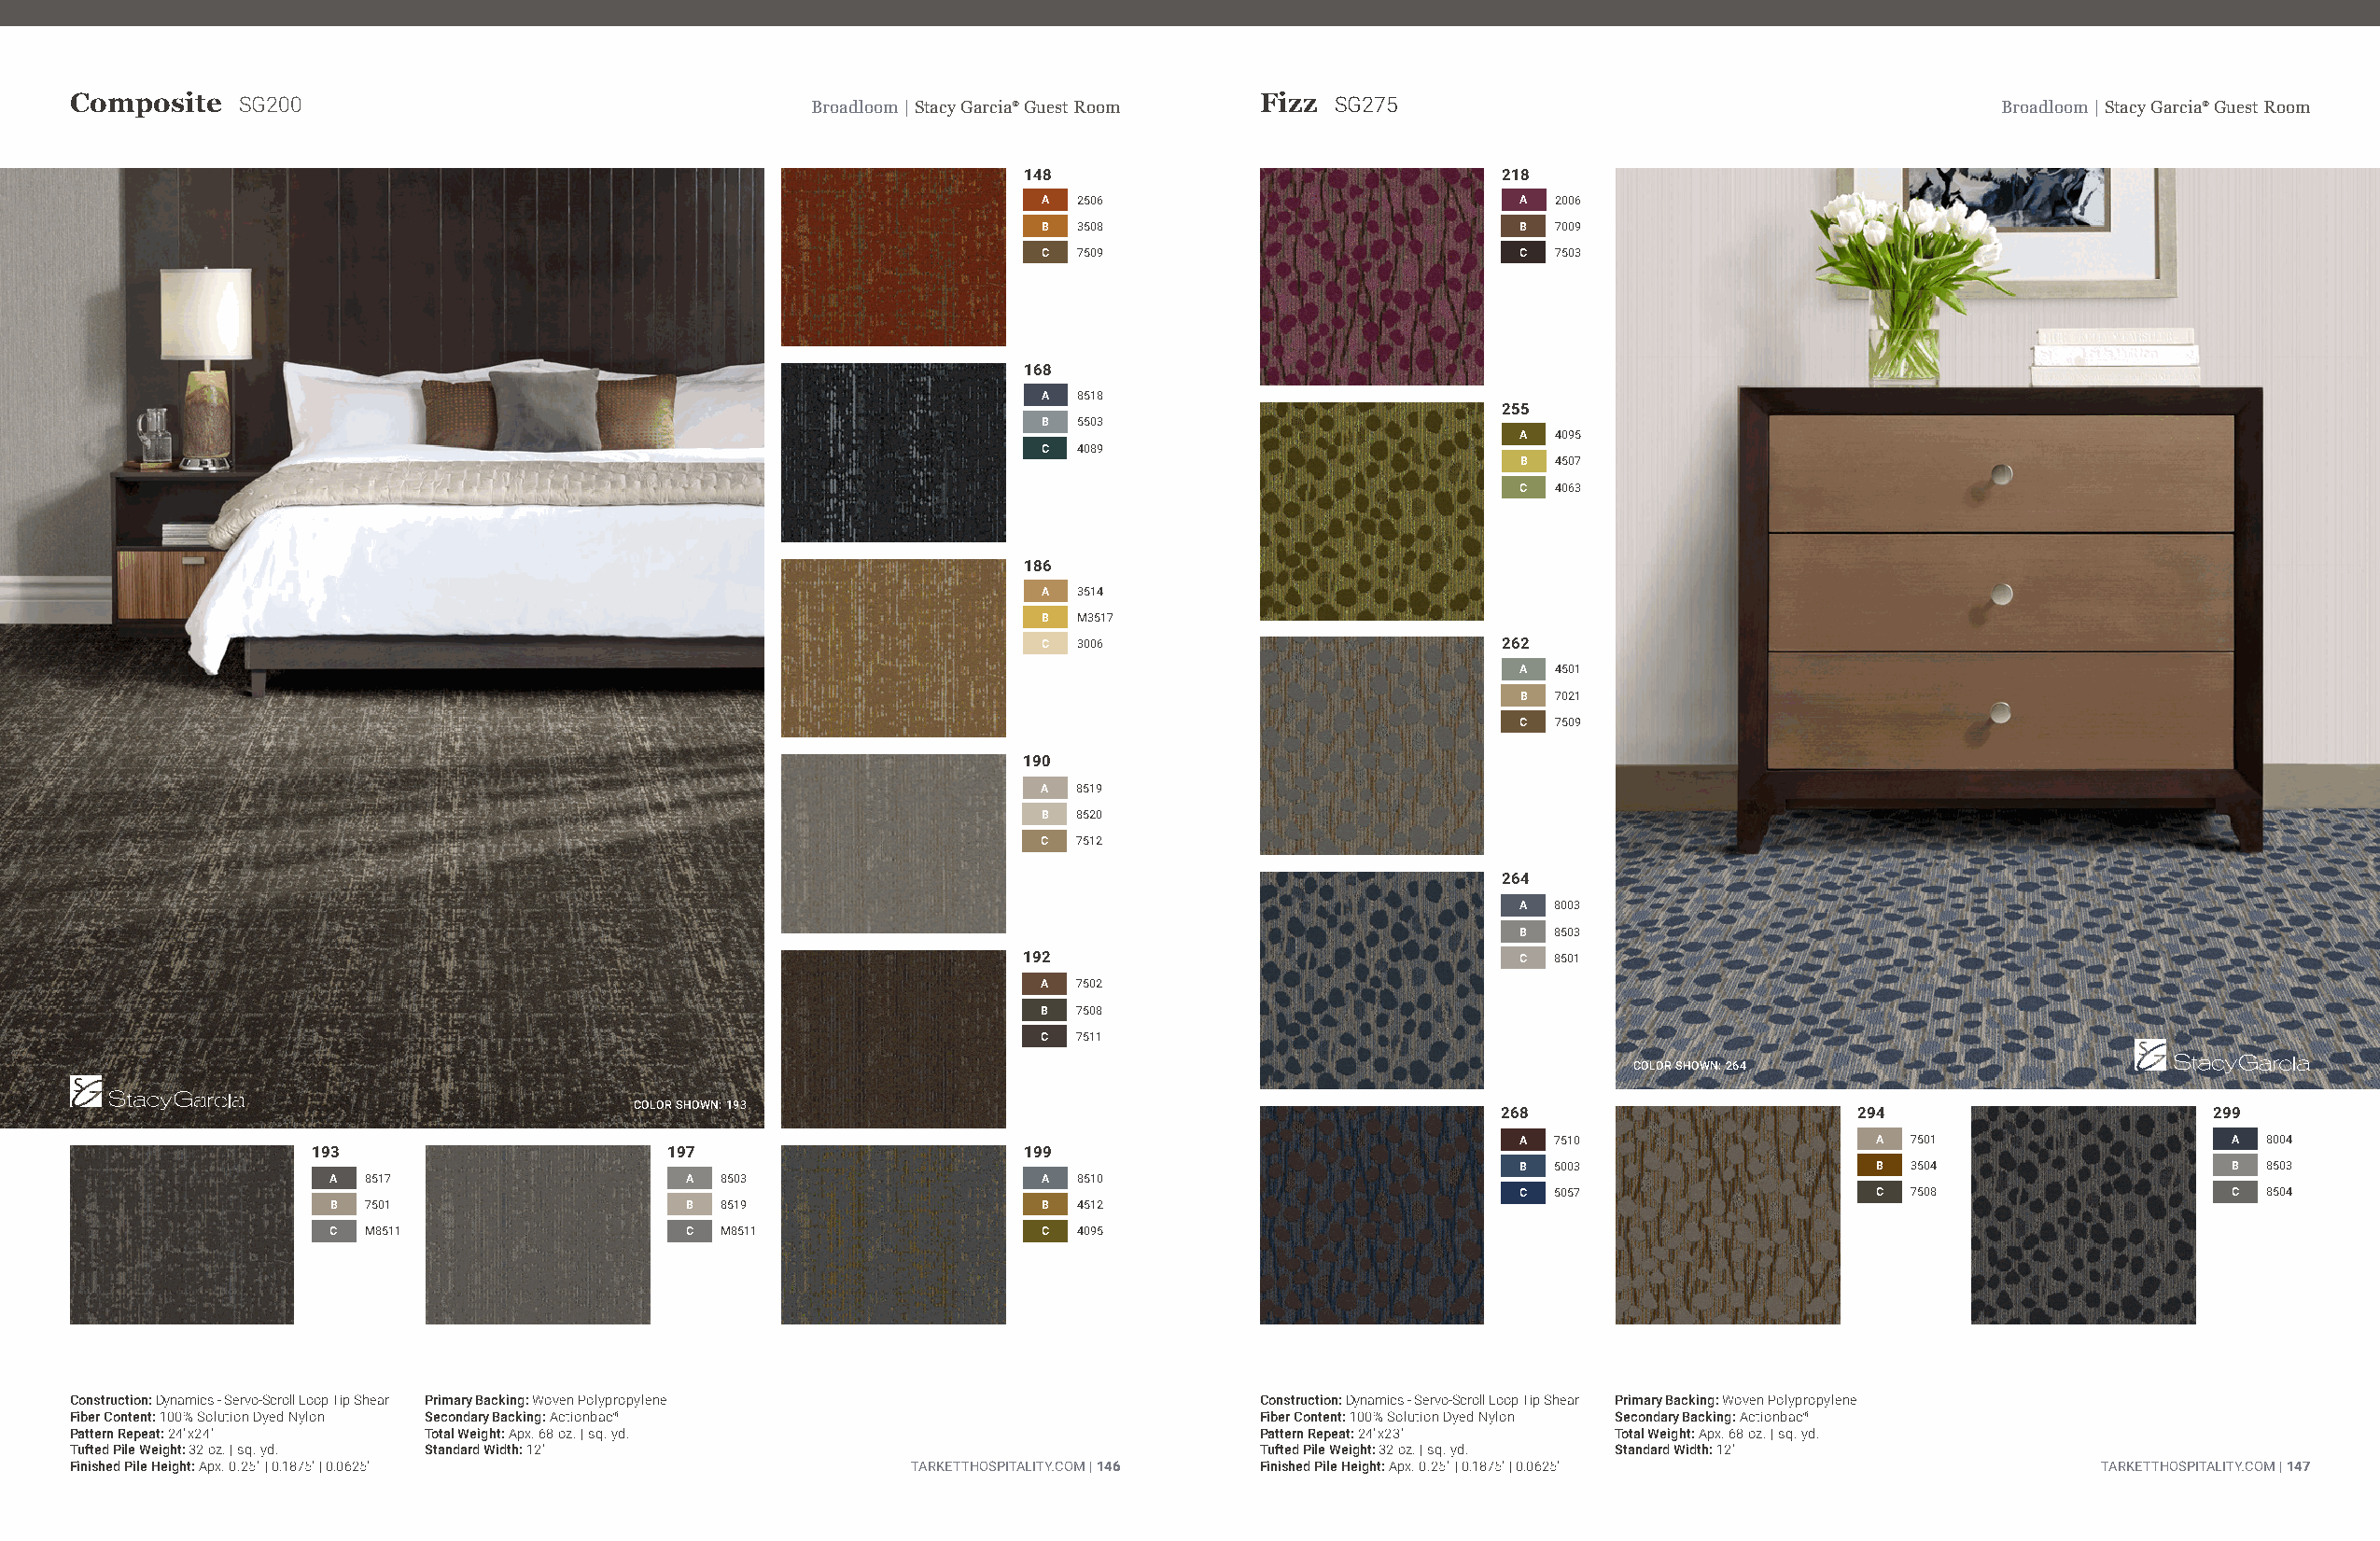
Composite   SG200                                    Broadloom | Stacy Garcia® Guest Room Fizz SG275                                     Broadloom | Stacy Garcia® Guest Room
 148                               218
 A 2506                            A 2006
 B 3508                            B 7009
 C 7509                            C 7503
 168
 A 8518
 255
 B 5503
 A 4095
 C 4089
 B 4507
 C 4063
 186
 A 3514
 B M3517
 C 3006                           262
 A 4501
 B 7021
 C 7509
 190
 A 8519
 B 8520
 C 7512
 264
 A 8003
 B 8503
 192                                C 8501
 A 7502
 B 7508
 C 7511
 COLOR SHOWN: 264
 COLOR SHOWN: 193
 268                       294                      299
 A 7510                   A  7501                  A  8004
 193                      197                       199
 B 5003                   B  3504                  B  8503
 A  8517                   A 8503                   A 8510
 C 5057                   C  7508                  C  8504
 B  7501                   B 8519                   B 4512
 C  M8511                  C M8511                  C 4095
 Construction: Dynamics - Servo-Scroll Loop Tip Shear Primary Backing: Woven Polypropylene Construction: Dynamics - Servo-Scroll Loop Tip Shear Primary Backing: Woven Polypropylene
 Fiber Content: 100% Solution Dyed Nylon Secondary Backing: Actionbac®               Fiber Content: 100% Solution Dyed Nylon Secondary Backing: Actionbac®
 Pattern Repeat: 24"x24"  Total Weight: Apx. 68 oz. | sq. yd.                        Pattern Repeat: 24"x23"   Total Weight: Apx. 68 oz. | sq. yd.
 Tufted Pile Weight: 32 oz. | sq. yd. Standard Width: 12'                            Tufted Pile Weight: 32 oz. | sq. yd. Standard Width: 12'
 Finished Pile Height: Apx. 0.25" | 0.1875" | 0.0625"        TARKETTHOSPITALITY.COM | 146 Finished Pile Height: Apx. 0.25" | 0.1875" | 0.0625"   TARKETTHOSPITALITY.COM | 147